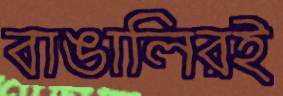
বাঙালিরই